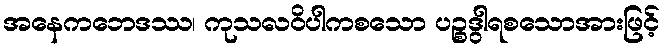
အနေကဘေဒဿ၊ ကုသလဝိပါကစသော ပဉ္စဒွါရစသောအားဖြင့်